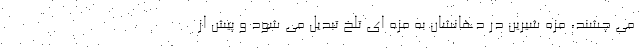
می چشند، مزه شیرین در دهانشان به مزه ای تلخ تبدیل می شود و پیش از